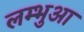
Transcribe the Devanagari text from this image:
लम्‍भुआ